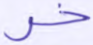
خر